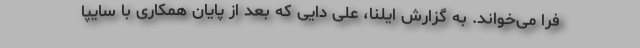
فرا می‌خواند. به گزارش ایلنا، علی دایی که بعد از پایان همکاری با سایپا